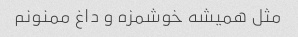
مثل همیشه خوشمزه و داغ ممنونم